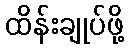
ထိန်းချုပ်ဖို့